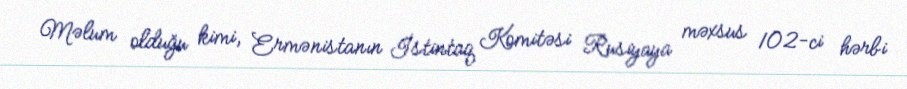
Məlum olduğu kimi, Ermənistanın İstintaq Komitəsi Rusiyaya məxsus 102-ci hərbi